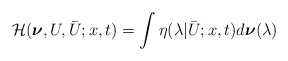
\begin{align*}\mathcal{H}(\boldsymbol{\nu},U,\bar{U};x,t)=\int \eta(\lambda|\bar{U};x,t)d\boldsymbol{\nu}(\lambda)\end{align*}